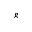
_ { g }